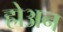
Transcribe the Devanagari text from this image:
होअन